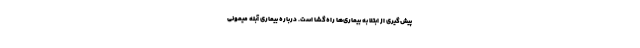
پیش‌گیری از ابتلا به بیماری‌ها راه‌گشا است. درباره بیماری آبله میمونی